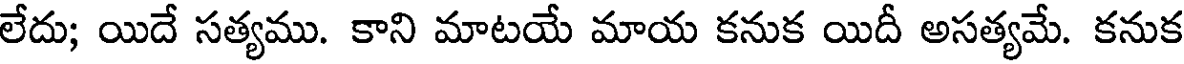
లేదు; యిదే సత్యము. కాని మాటయే మాయ కనుక యిదీ అసత్యమే. కనుక